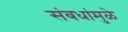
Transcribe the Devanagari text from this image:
संबधांमुळे